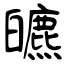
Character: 皫